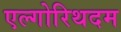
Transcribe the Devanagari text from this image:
एल्गोरिथदम